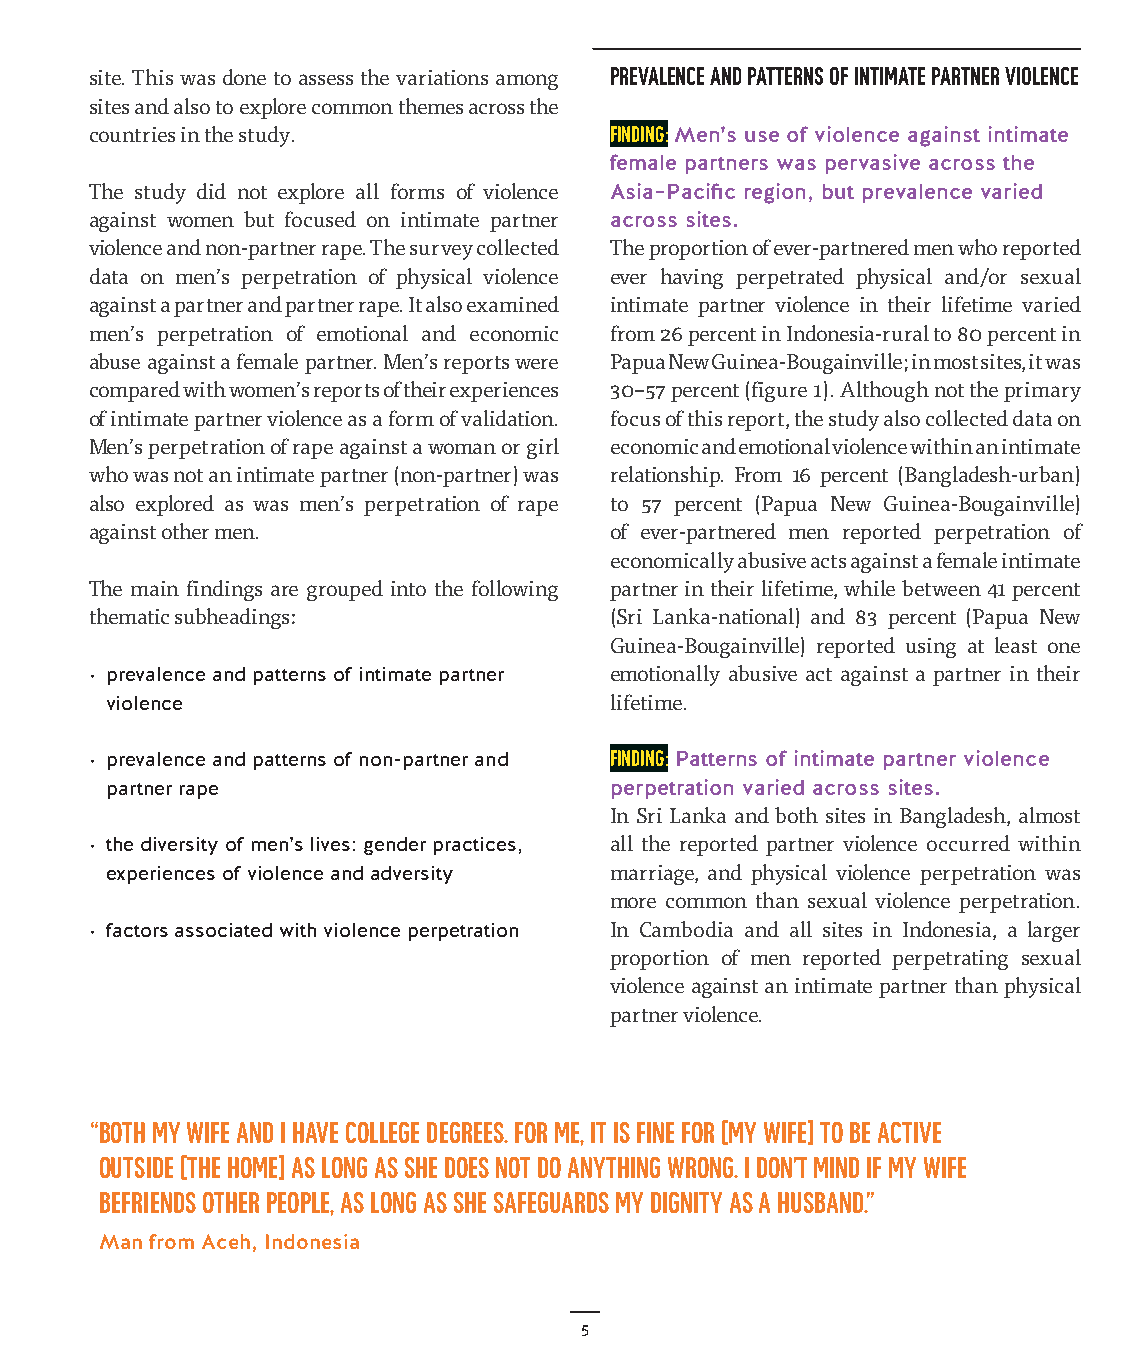
site. This was done to assess the variations among prevalence and patterns of intimate partner violence
 sites and also to explore common themes across the
 countries in the study.           Finding: Men’s use of violence against intimate
 female partners was pervasive across the
 The study did not explore all forms of violence Asia–Pacific region, but prevalence varied
 against women but focused on intimate partner across sites.
 violence and non-partner rape. The survey collected The proportion of ever-partnered men who reported
 data on men’s perpetration of physical violence ever having perpetrated physical and/or sexual
 against a partner and partner rape. It also examined intimate partner violence in their lifetime varied
 men’s perpetration of emotional and economic from 26 percent in Indonesia-rural to 80 percent in
 abuse against a female partner. Men’s reports were Papua New Guinea-Bougainville; in most sites, it was
 compared with women’s reports of their experiences 30–57 percent (figure 1). Although not the primary
 of intimate partner violence as a form of validation. focus of this report, the study also collected data on
 Men’s perpetration of rape against a woman or girl economic and emotional violence within an intimate
 who was not an intimate partner (non-partner) was relationship. From 16 percent (Bangladesh-urban)
 also explored as was men’s perpetration of rape to 57 percent (Papua New Guinea-Bougainville)
 against other men.                of ever-partnered men reported perpetration of
 economically abusive acts against a female intimate
 The main findings are grouped into the following partner in their lifetime, while between 41 percent
 thematic subheadings:             (Sri Lanka-national) and 83 percent (Papua New
 Guinea-Bougainville) reported using at least one
 · prevalence and patterns of intimate partner emotionally abusive act against a partner in their
 violence                         lifetime.
 · prevalence and patterns of non-partner and Finding: Patterns of intimate partner violence
 partner rape                     perpetration varied across sites.
 In Sri Lanka and both sites in Bangladesh, almost
 · the diversity of men’s lives: gender practices, all the reported partner violence occurred within
 experiences of violence and adversity marriage, and physical violence perpetration was
 more common than sexual violence perpetration.
 · factors associated with violence perpetration In Cambodia and all sites in Indonesia, a larger
 proportion of men reported perpetrating sexual
 violence against an intimate partner than physical
 partner violence.
 “ Both my wife and I have college degrees. For me, it is fine for [my wife] to be active
 outside [the home] as long as she does not do anything wrong. I don’t mind if my wife
 befriends other people, as long as she safeguards my dignity as a husband.”
 Man from Aceh, Indonesia
 5